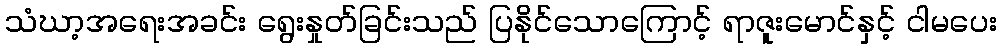
သံဃာ့အရေးအခင်း ရွေးနှုတ်ခြင်းသည် ပြနိုင်သောကြောင့် ရာဇူးမောင်နှင့် ငါမပေး